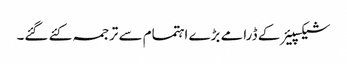
شیکسپیئر کے ڈرامے بڑے اہتمام سے ترجمہ کئے گئے۔